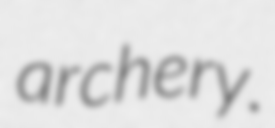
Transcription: archery.